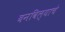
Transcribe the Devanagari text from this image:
बनविल्याचे